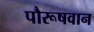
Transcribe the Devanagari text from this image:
पौरूषवान